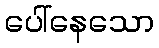
ပေါ်နေသော